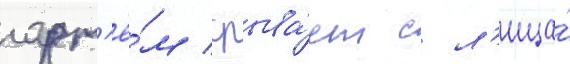
арт'ё́м срыва́ет с л'ица́